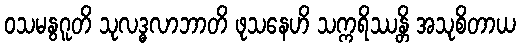
ဝသမနွဂူတိ သုလဒ္ဓလာဘာတိ ဖုသနေဟိ သက္ကရိဿန္တိ အသုစိတာယ